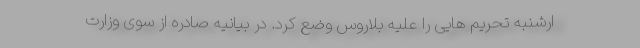
ارشنبه تحریم هایی را علیه بلاروس وضع کرد. در بیانیه صادره از سوی وزارت